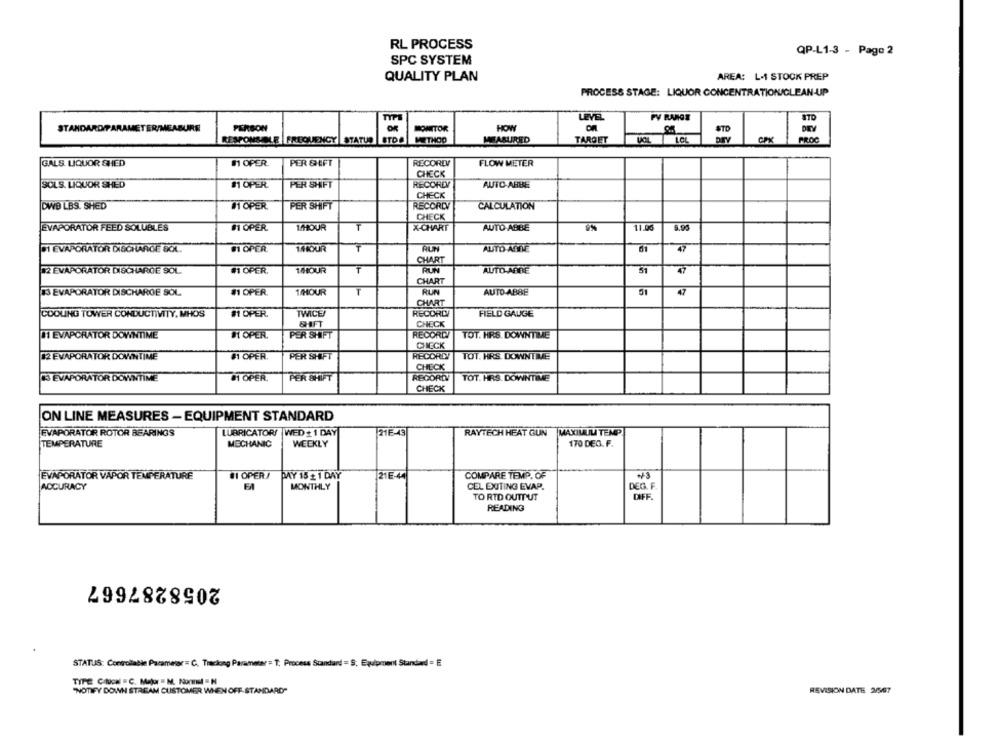
RL PROCESS
QP-L1-3 - Page 2
SPC SYSTEM
QUALITY PLAN
AREA: L.1 STOCK PREP
PROCESS STAGE: LIQUOR CONCENTRATION/CLEAN-UP
LEVEL
PV RANGS
PERSON
of
HOW
STANDARD/PARAMETER/MEASURE
MONITOR
STD
DETV
RESPONSIBLE |FREQUENCY STATUS STDO
METHOO
MEASURED
TARGET
PROC
GALS. LIQUOR &HED
# OPER
PER SHIFT
RECORDV
FLOW METER
CHECK
SOLS. LIQUOR SHED
$1 OPER
PER SHIFT
RECORDY
AUTO-ABBE
CHECK
DWD LBS. SHED
#1 OPER
PER SHIFT
RECORDY
CALCULATION
CHECK
EVAPORATOR FEED SOLUBLES
# OPER
1HOUR
T
X-CHART
AUTO-ABBE
11.06
DI EVAPORATOR DISCHARGE SOL.
#1 OPER.
14OUR
T
RUN
AUTO-ASIDE
01
47
CHART
RUN
12 EVAPORATOR DISCHARGE SOL
# OPER.
14OUR
T
AUTO-ADRE
51
CHART
13 EVAPORATOR DISCHARGE SOL
#1 OPER
1/HOUR
T
RUN
AUTO ABBE
51
47
CHART
COOLING TOWER CONDUCTIVITY, MHOS
#1 OPER.
TWICE!
RECORD
FIELD GAUGE
SHIFT
CHECK
RECORD!
JI EVAPORATOR DOWNTIME
I OPER.
PER SHIFT
TOT. HRS. DOWNTIME
CHECK
#2 EVAPORATOR DOWNTIME
#1 OPER.
PER SHIFT
RECORDY
TOT. HRS. DOWNTIME
CHECK
43 EVAPORATOR DOWNTIME
# OPER.
PER SHIFT
RECORDY
TOT. HRS. DOWNTIME
CHECK
ON LINE MEASURES - EQUIPMENT STANDARD
EVAPORATOR ROTOR BEARINGS
LUBRICATORI WED + 1 DAY
216-3
RAYTECH HEAT GUN
MAXIMUM TEMP
TEMPERATURE
MECHANIC
WEEKLY
170 DEG. F.
EVAPORATOR VAPOR TEMPERATURE
11 OPER/
COMPARE TEMP. OF
PAY 15 + 1 DAY
21E-44
ACCURACY
FA
MONTHLY
CEL EXITING EVAP.
DEG. F.
TO RTD OUTPUT
DIFF.
READING
2058287667
STATUS: Controllable Pacamear= C. Tracking Parameter = T. Process Standard = S, Equipment Standard = E
TITE Clucal = C. Major = M. Normal = N
"NOTIFY DOWN STREAM CUSTOMER WHEN OFF-STANDARD"
REVISION DATE 26567